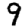
Digit: 9